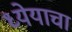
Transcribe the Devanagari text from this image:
ध्येयाचा